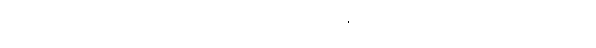
သေယျထာပိ၊ ဆိုအပ်သကဲ့သို့။ ဘိက္ခဝေ၊ ရဟန်းတို့။ အဟံ၊ ငါဘုရားသည်။ ဣမံ